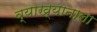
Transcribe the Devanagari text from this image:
व्याख्यानाला